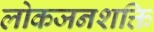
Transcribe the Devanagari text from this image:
लोकजनशक्ति